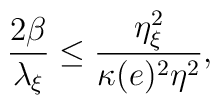
\frac{2\beta}{\lambda_{\xi}}\leq\frac{\eta^{2}_{\xi}}{\kappa(e)^{2}\eta^{2}},